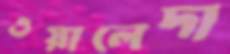
ওয়ালেদা